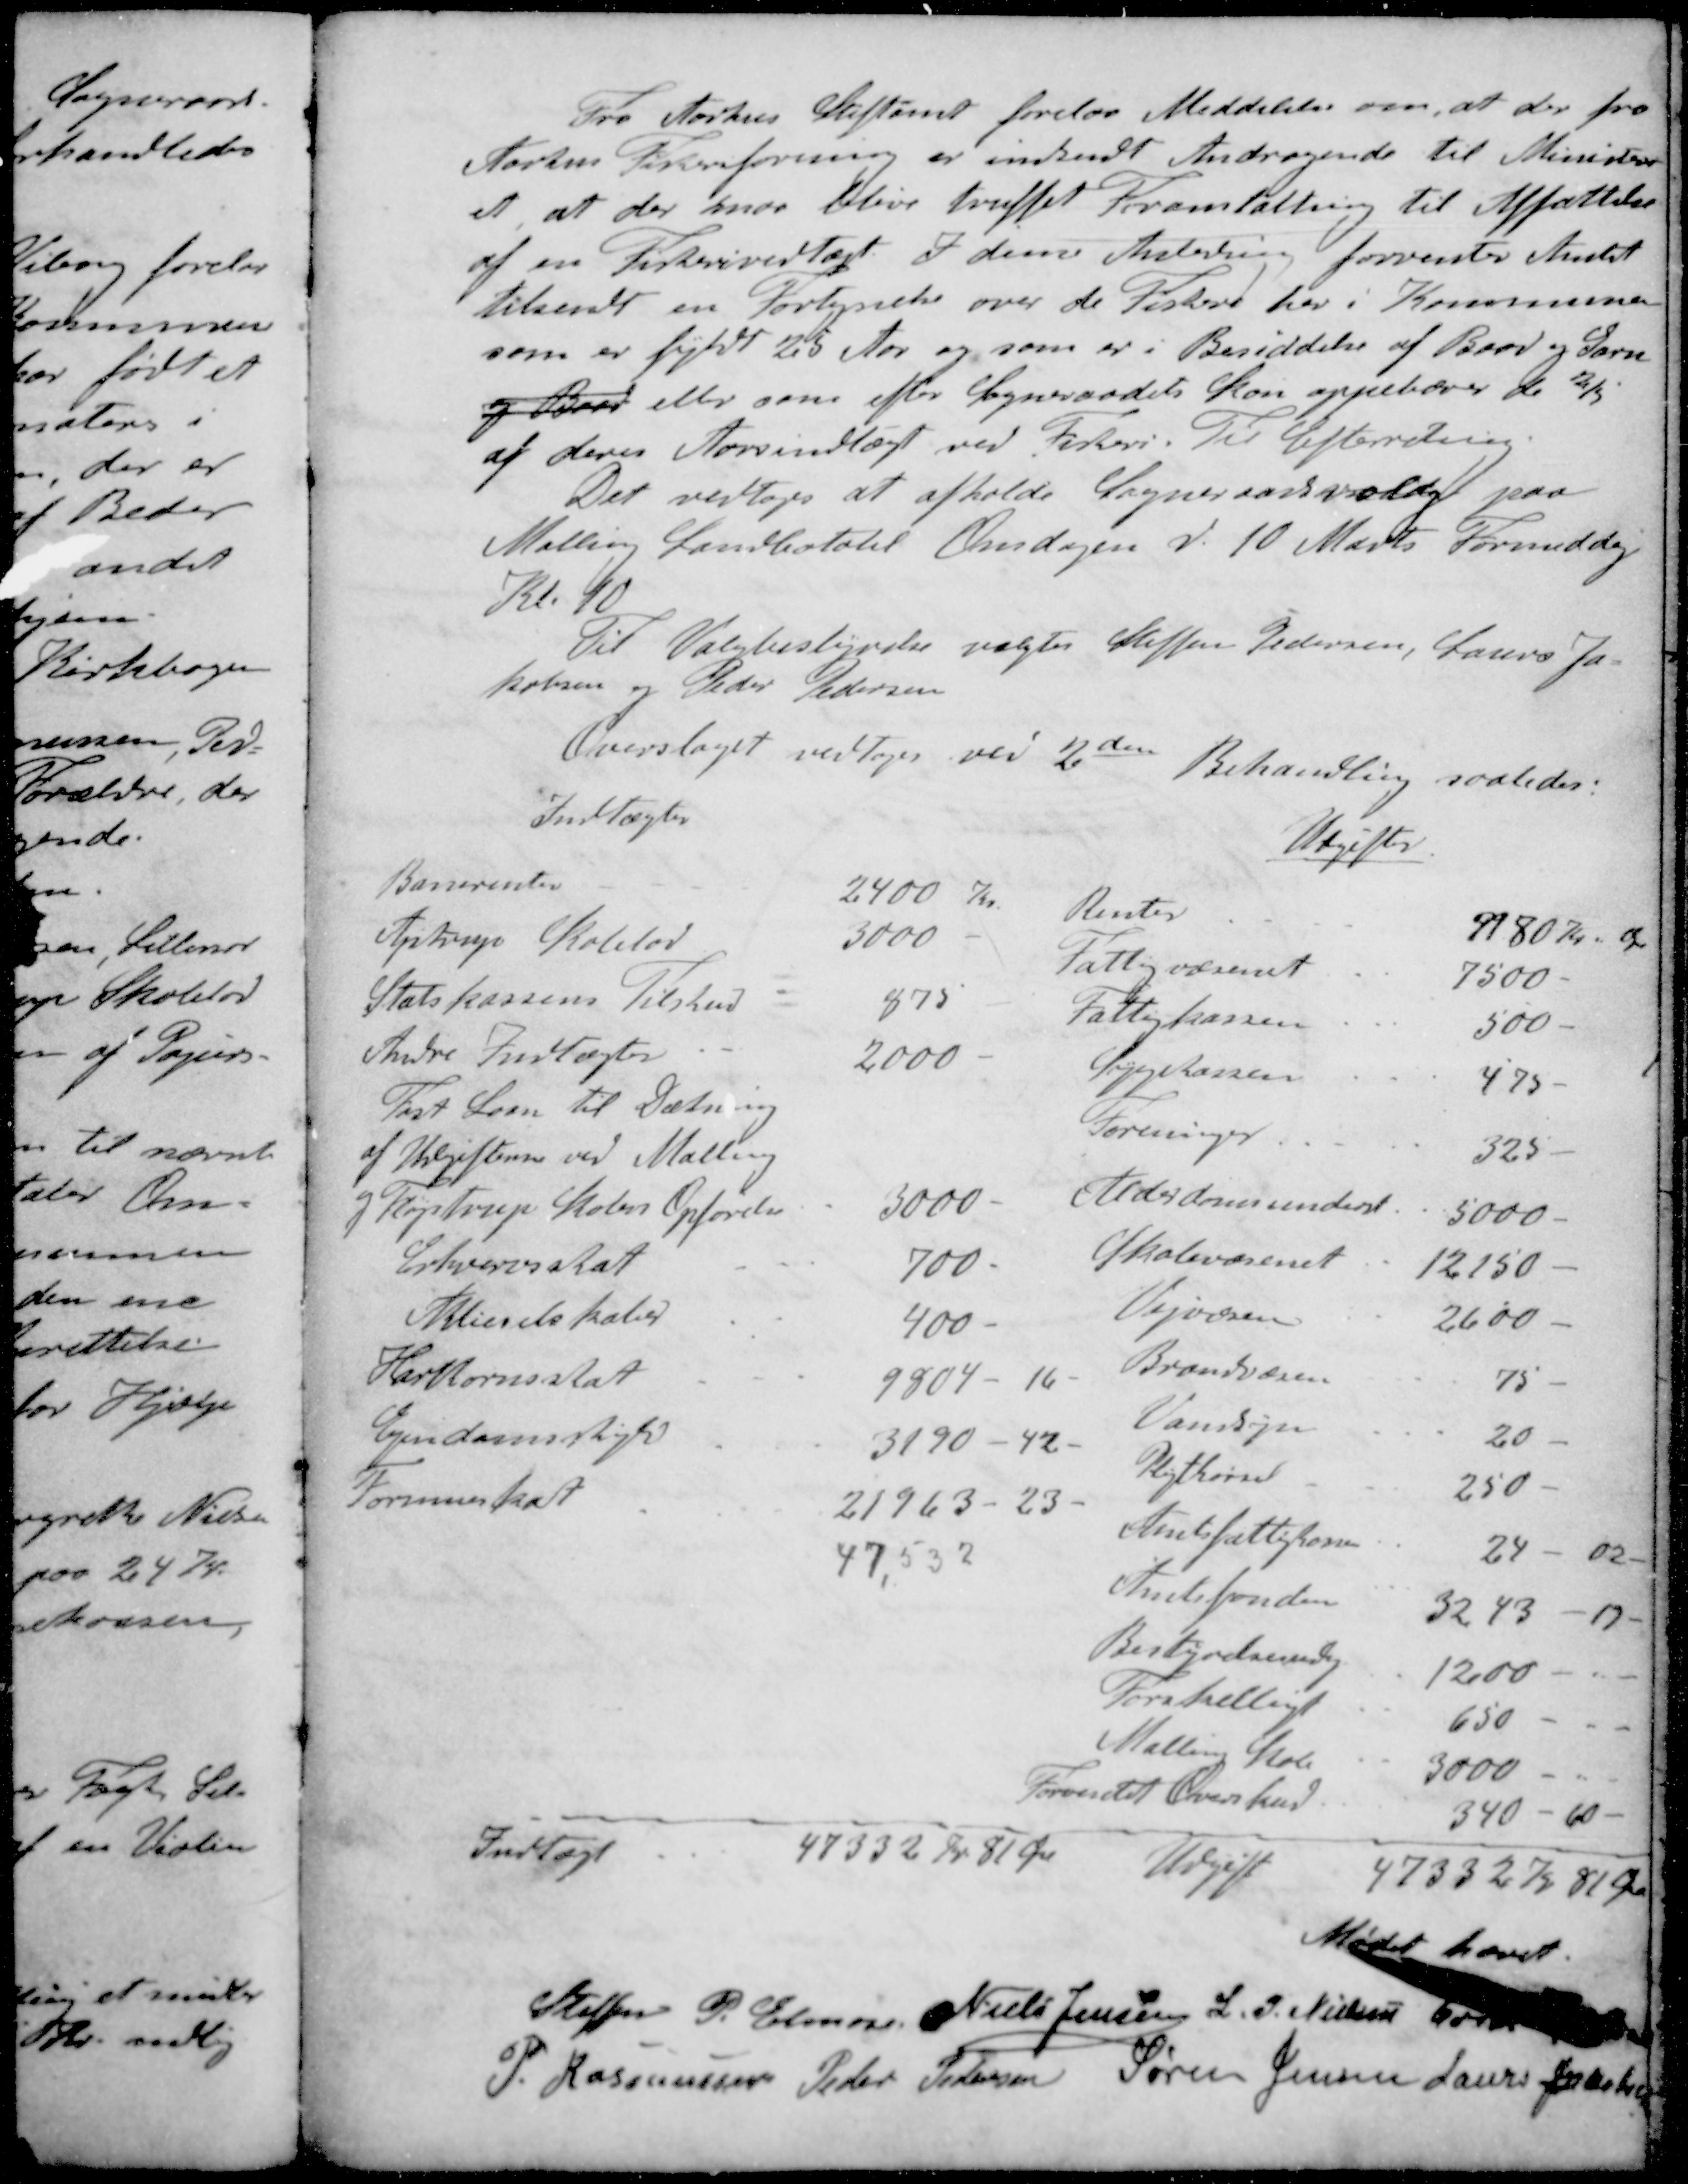
Transskription:
Fra Aarhus Stiftamt forelaa Meddelelse om, at der fra
Aarhus Fiskeriforening er indsendt Andragende til Ministeri-
et at der maa blive truffet Foranstaltning til Affattelse
af en Fiskerivedtægt. I denne Anledning forventer Amtet
tilsendt en Fortegnelse over de Festere her i Kommunen
som er fyldt 25 Aar og som er i Besiddelse af Baad og Garn
og Baad eller som efter Sogneraadets Skøn oppebærer de 2/3
af deres Aarsindtægt ved Fiskeri. Til Efterretning.
Det vedtoges at afholde Sogneraadsmøde paa
Malling Landbohotel Onsdagen d. 10 Marts Formiddag
Kl. 10
Til Valgbestyrelse valgtes Steffen Pedersen, Laurs Ja-
kobsen og Peder Pedersen
den
Overslaget vedtoges ved 2' Behandling saaledes:
Indtægter
Banerenter
2400 Kr.
Ajstrup Skolelod
3000
Statskassens Tilskud
875
Andre Indtægter
2000
Fast Laan til Dætning
af Udgifterne ved Malling
og Fløjstrup Skolers Opførelse
3000.
Erhvervsskat
700
Aktieselskaber
400 -
Hartkornsskat
9804 - 16
Ejendomsskyld
3190 - 42.
Formueskat
21963 - 23
47,532
Udgifter
Renter
9980 Kr. Ø
Fattigvæsenet
7500
Fattigkassen
500 -
Sygekassen
475 -
Foreninger
325
Alderdomsunderst
5000 -
Skolevæsenet
12150
Vejvæsen
2600 -
Brandvæsen
75 -
Vandsyn
20 -
Pligtkørsel
250 -
Amtsfattigkassen
24 - 02
Amtsfonden
3243 - 19
Bestyrelsesudg
1200
Forskelligt
650
Malling Skole
3000
Forventet Overskud.
340 - 60
Indtægt
47332 Kr. 81 Øre
Udgift
47332 Kr 81 Øre
Mødet hævet
Steffen P. Elmose
Niels Jensen
L. P. Nielsen
Erik Pedersen
P. Rasmussen
Peder Pedersen
Søren Jensen
Laurs Jakobsen